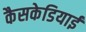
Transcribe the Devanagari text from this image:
कैसकेडियाई